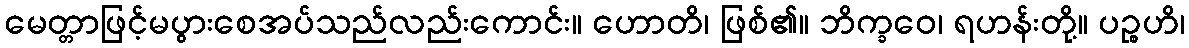
မေတ္တာဖြင့်မပွားစေအပ်သည်လည်းကောင်း။ ဟောတိ၊ ဖြစ်၏။ ဘိက္ခဝေ၊ ရဟန်းတို့။ ပဉ္စဟိ၊